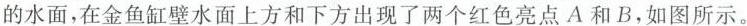
的水面，在金鱼缸壁水面上方和下方出现了两个红色亮点A和B，如图所示。